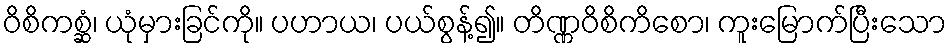
ဝိစိကစ္ဆံ၊ ယုံမှားခြင်ကို။ ပဟာယ၊ ပယ်စွန့်၍။ တိဏ္ဏဝိစိကိစော၊ ကူးမြောက်ပြီးသော